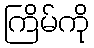
ကြိမ်ကို